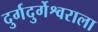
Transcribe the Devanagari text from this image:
दुर्गदुर्गेश्वराला